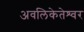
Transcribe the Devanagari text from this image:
अवलिकेतेश्‍वर